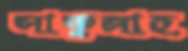
সাফুল্লাহ